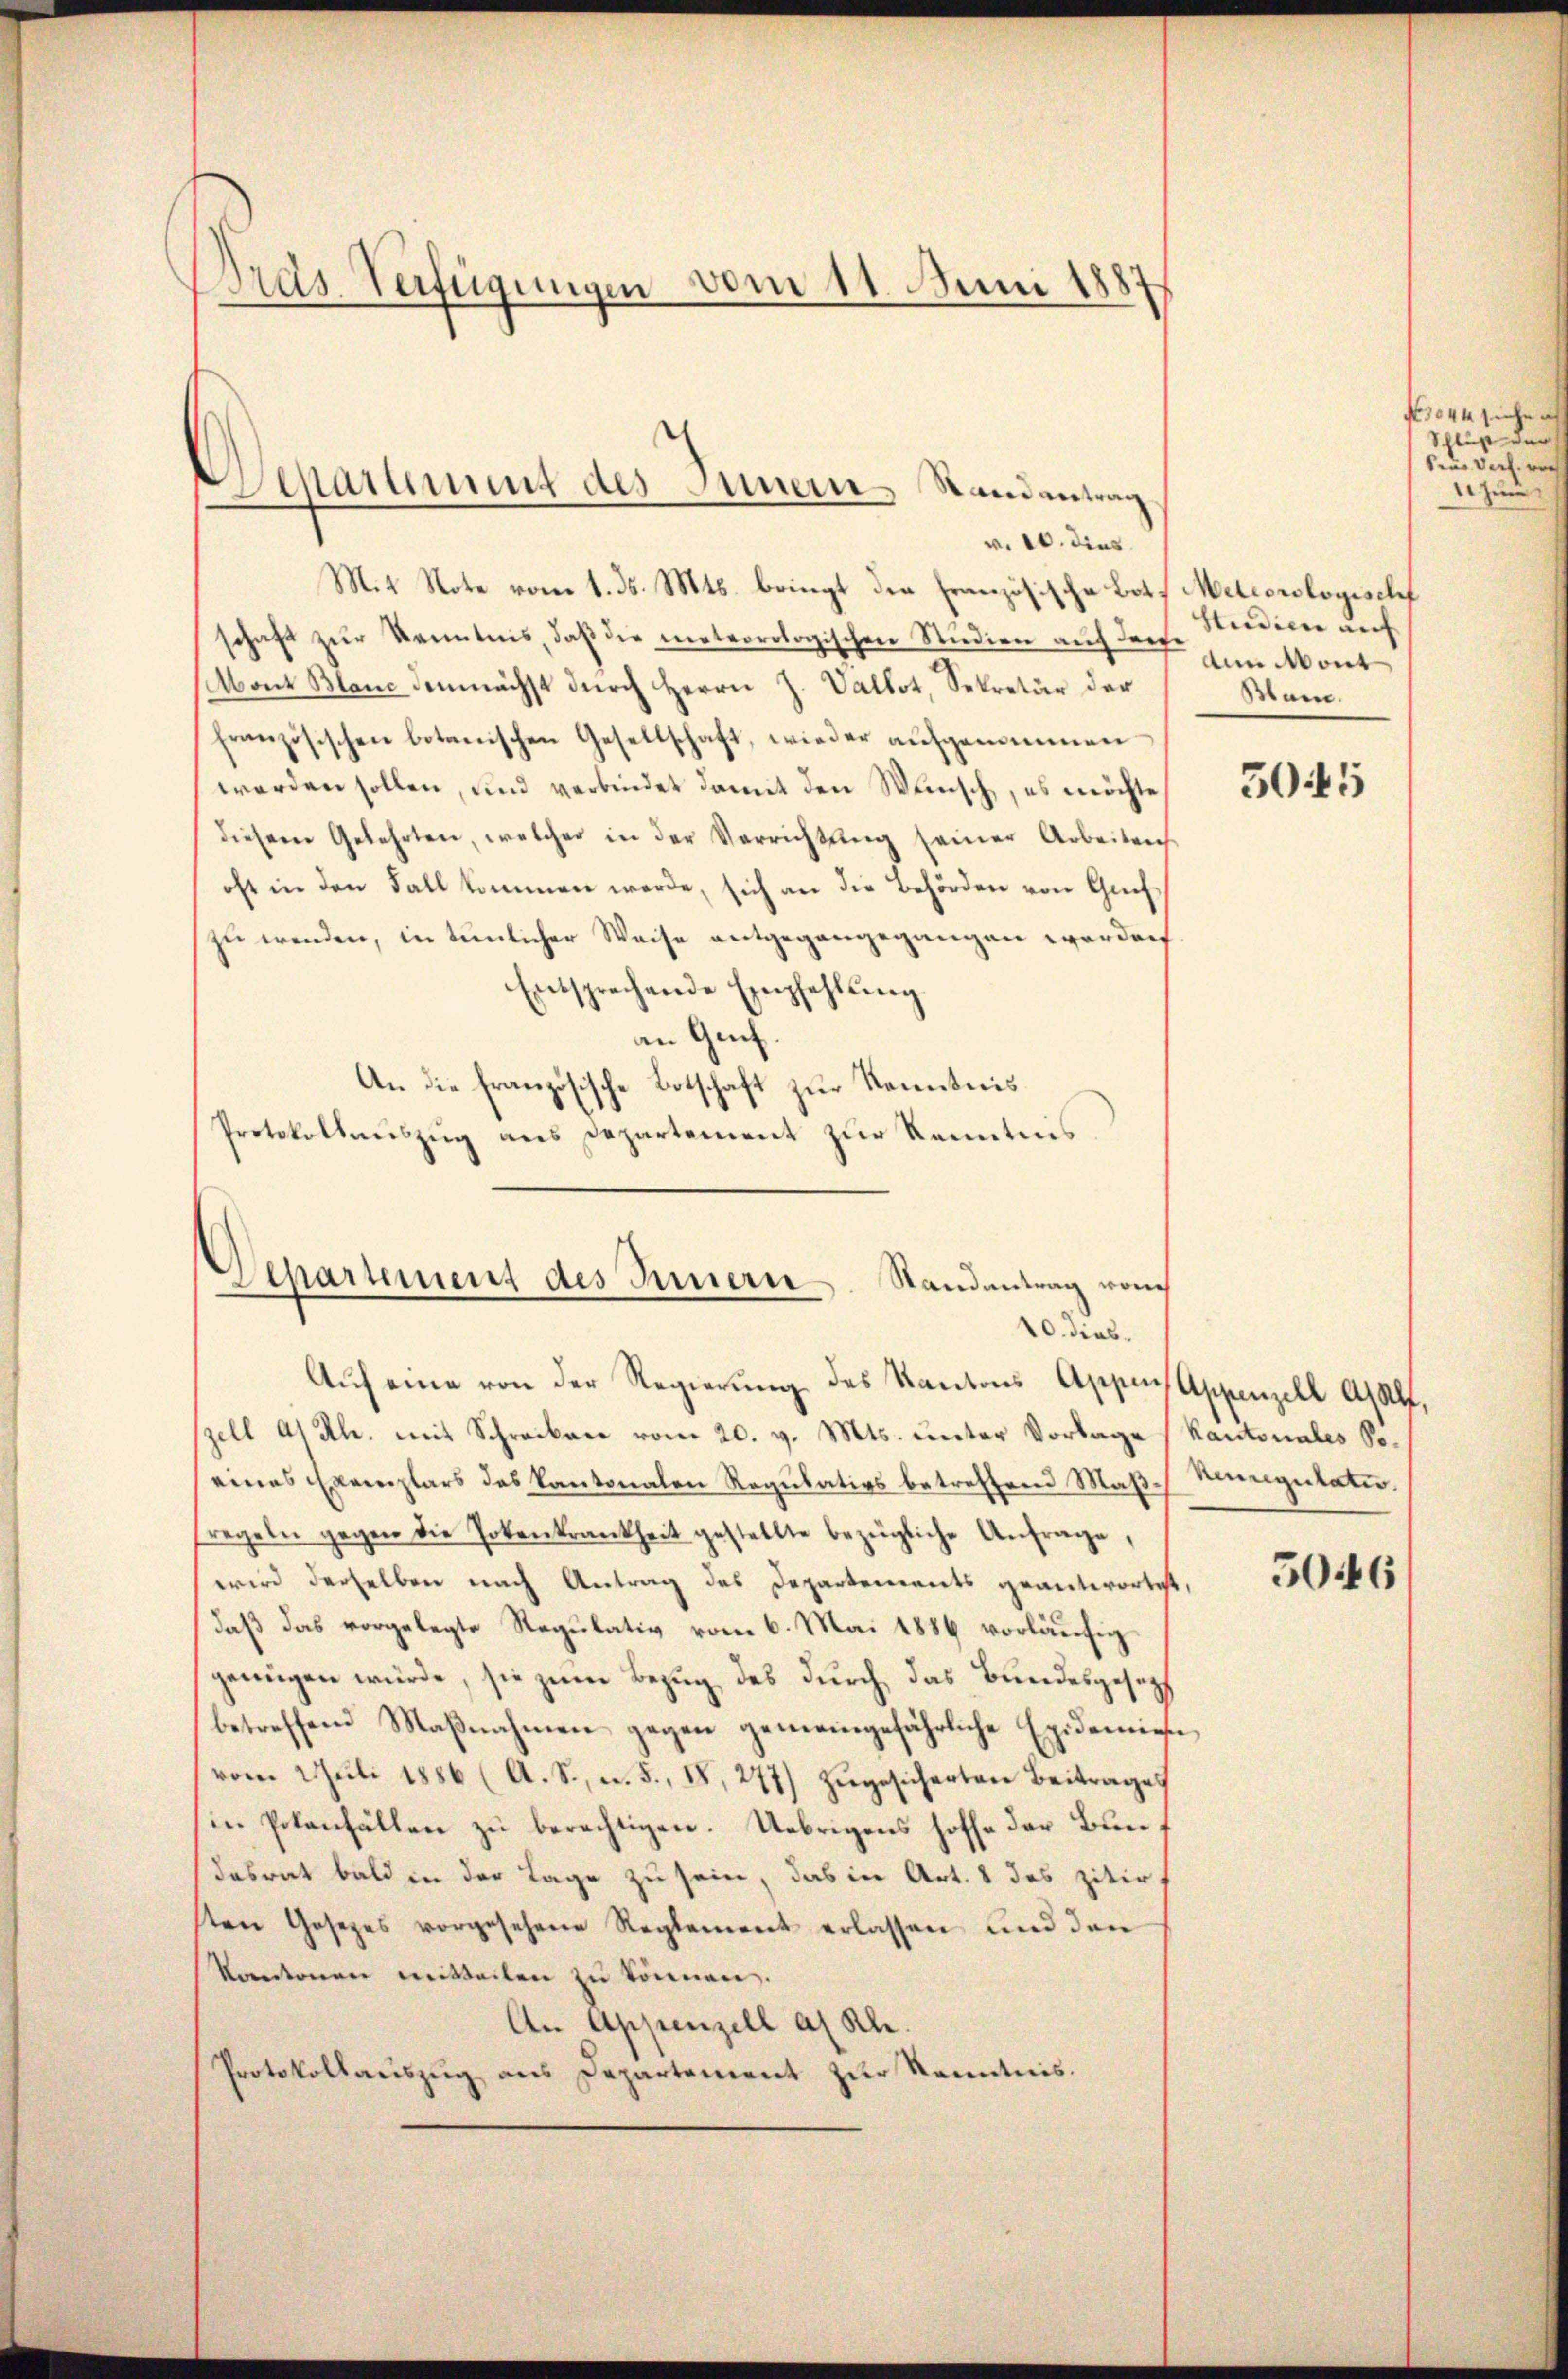
Dras Verfügungen vom 11. Juni 1887

Bestatament des Innern, Randantrag
v. 10. dies

M.t Note vom 1. ds. Mts. bringt der Französische Loth Meteorologischf
schaft zŭr Kenntnis daß die meteorologischen Studien auf zum Mont
Mont Blanc demnächst durch Herrn J. Vallot, Sekretär der
französischen botanischen Gesellschaft, wieder aufgenommen
werden sollen, und verbindet damit den Wunsch, es möchte,
diesem Gelehrten, welcher in der Verrichtŭng seiner Arbeitenh
oft in den Fall kommen werde, sich an die Behörden von Grefzu wenden, in tunlicher Weise entgegangegangen werden
Entsprechende Empfehlŭng
an Gach.
An die französische Botschaft zur Kenntnis
Protokollauszug aus Departement zur Kenntnis
Departement des Innern. Randantrag vom

10. dies

Aŭf eine von der Regierung des Kantons Appen, Appenzell A. A.
zell A/Rh. mit Schrecken vom 20. v. Mts. unter Vorlage (Kantonales Soeines Exemplars des Kantonalen Regulativs betreffend Maß- Nuregutatio
fregeln gegen die Totenkrankheit gestellte bezügliche Anfrage,
wird derselben nach Antrag des Departements geantwortet,
daß das vorgelegte Regulativ vom 6. Mai 1886 vorläufig
genügen würde, sie zum Bezug des durch, das Bundesgesetz
betreffend Maβnahmen gegen gemeingefährliche Epidemiese
vom Juli 1886 (A. S., u. 5., I, 277) zugesicherten Beitrages
in Potenfällen zu berechtigen. Uebrigens hoffe der Bundasrat bald in der Lage zu sein, das in Art. 8 des zitirt
sten Gesetzes vorgesehene Reglement erlassen und den
kantonen mitteilen zu können.
An Appenzell a. Rh.
Protokollauszug aus Departement zur Kenntnis.

Studien auf
Bam.

5045

5046

No 1044 siehe
Schluß der
deus Verf. noch
zun